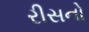
રીસનો